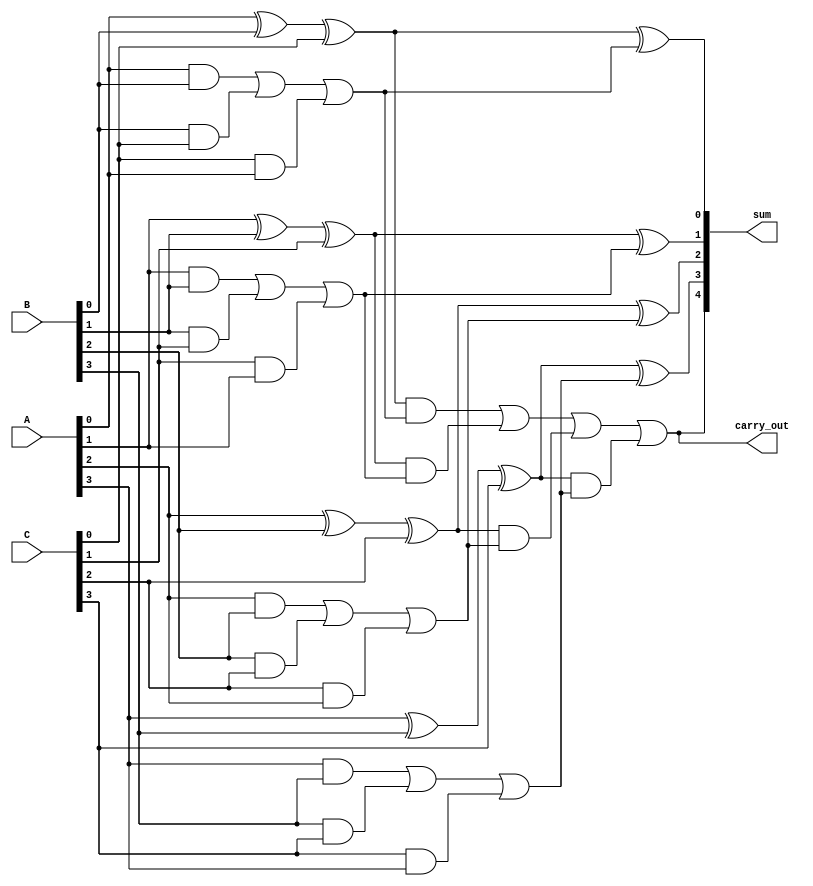
module MultiLevelCSA (
    input [3:0] A, // 4-bit input A
    input [3:0] B, // 4-bit input B
    input [3:0] C, // 4-bit input C
    output [4:0] sum, // 5-bit output sum (to accommodate carry)
    output carry_out // carry out
);

    // Intermediate sums and carries
    wire [3:0] sum1, sum2, carry1, carry2;

    // First level of CSA
    assign sum1[0] = A[0] ^ B[0] ^ C[0];
    assign carry1[0] = (A[0] & B[0]) | (B[0] & C[0]) | (C[0] & A[0]);

    assign sum1[1] = A[1] ^ B[1] ^ C[1];
    assign carry1[1] = (A[1] & B[1]) | (B[1] & C[1]) | (C[1] & A[1]);

    assign sum1[2] = A[2] ^ B[2] ^ C[2];
    assign carry1[2] = (A[2] & B[2]) | (B[2] & C[2]) | (C[2] & A[2]);

    assign sum1[3] = A[3] ^ B[3] ^ C[3];
    assign carry1[3] = (A[3] & B[3]) | (B[3] & C[3]) | (C[3] & A[3]);

    // Second level of CSA (combining carries and sums)
    wire [3:0] sum2;
    wire [3:0] carry2;

    assign sum2[0] = sum1[0] ^ carry1[0];
    assign carry2[0] = sum1[0] & carry1[0];

    assign sum2[1] = sum1[1] ^ carry1[1];
    assign carry2[1] = sum1[1] & carry1[1];

    assign sum2[2] = sum1[2] ^ carry1[2];
    assign carry2[2] = sum1[2] & carry1[2];

    assign sum2[3] = sum1[3] ^ carry1[3];
    assign carry2[3] = sum1[3] & carry1[3];

    // Final carry propagation
    assign sum[0] = sum2[0];
    assign sum[1] = sum2[1];
    assign sum[2] = sum2[2];
    assign sum[3] = sum2[3];
    assign sum[4] = carry2[0] | carry2[1] | carry2[2] | carry2[3]; // Final carry out
    assign carry_out = carry2[0] | carry2[1] | carry2[2] | carry2[3];

endmodule